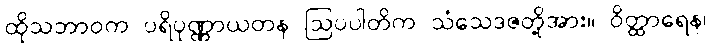
ထိုသဘာဝက ပရိပုဏ္ဏာယတန ဩပပါတိက သံသေဒဇတို့အား။ ဝိတ္ထာရေန၊